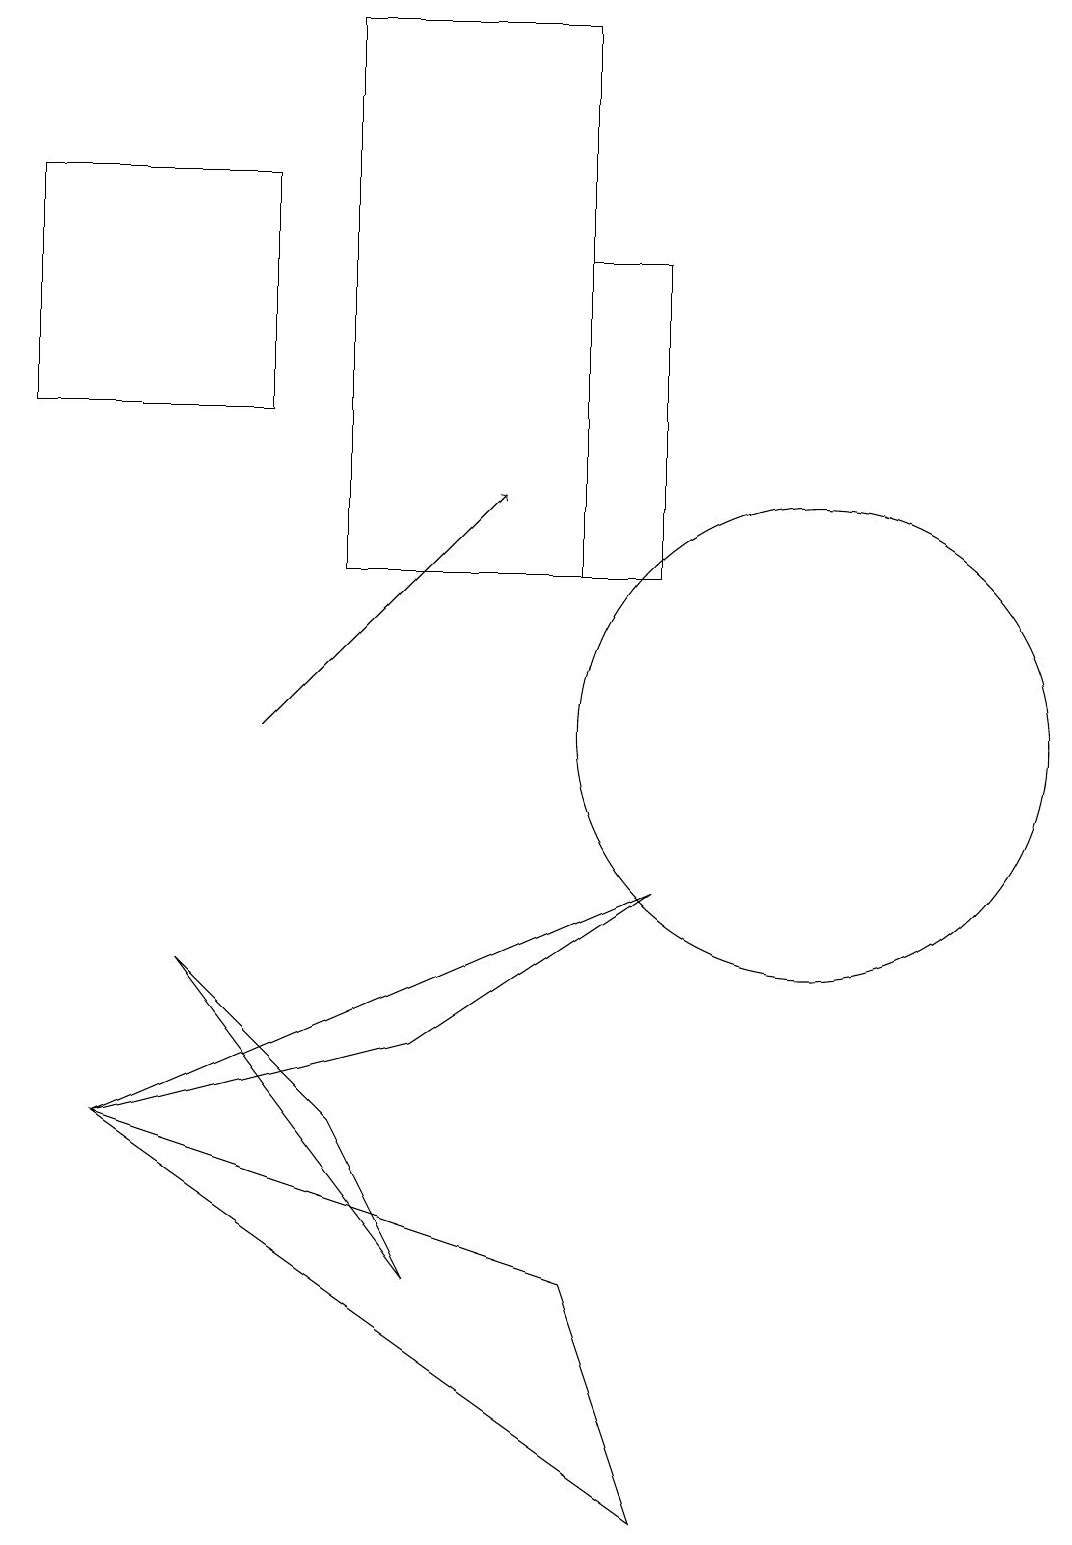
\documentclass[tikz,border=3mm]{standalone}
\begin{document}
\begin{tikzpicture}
\draw (1,5) -- (7,3) -- (8,0) -- cycle;
\draw[->] (3,10) -- (6,13);
\draw (8,8) -- (5,6) -- (1,5) -- cycle;
\draw (7,16) rectangle (8,12);
\draw (2,7) -- (4,5) -- (5,3) -- cycle;
\draw (7,19) rectangle (4,12);
\draw (0,17) rectangle (3,14);
\draw (10,10) circle (3);
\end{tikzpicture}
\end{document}